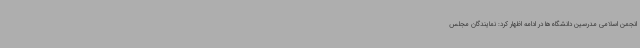
انجمن اسلامی مدرسین دانشگاه‌ها در ادامه اظهار کرد: نمایندگان مجلس